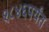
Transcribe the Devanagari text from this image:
१८४६पर्यंत